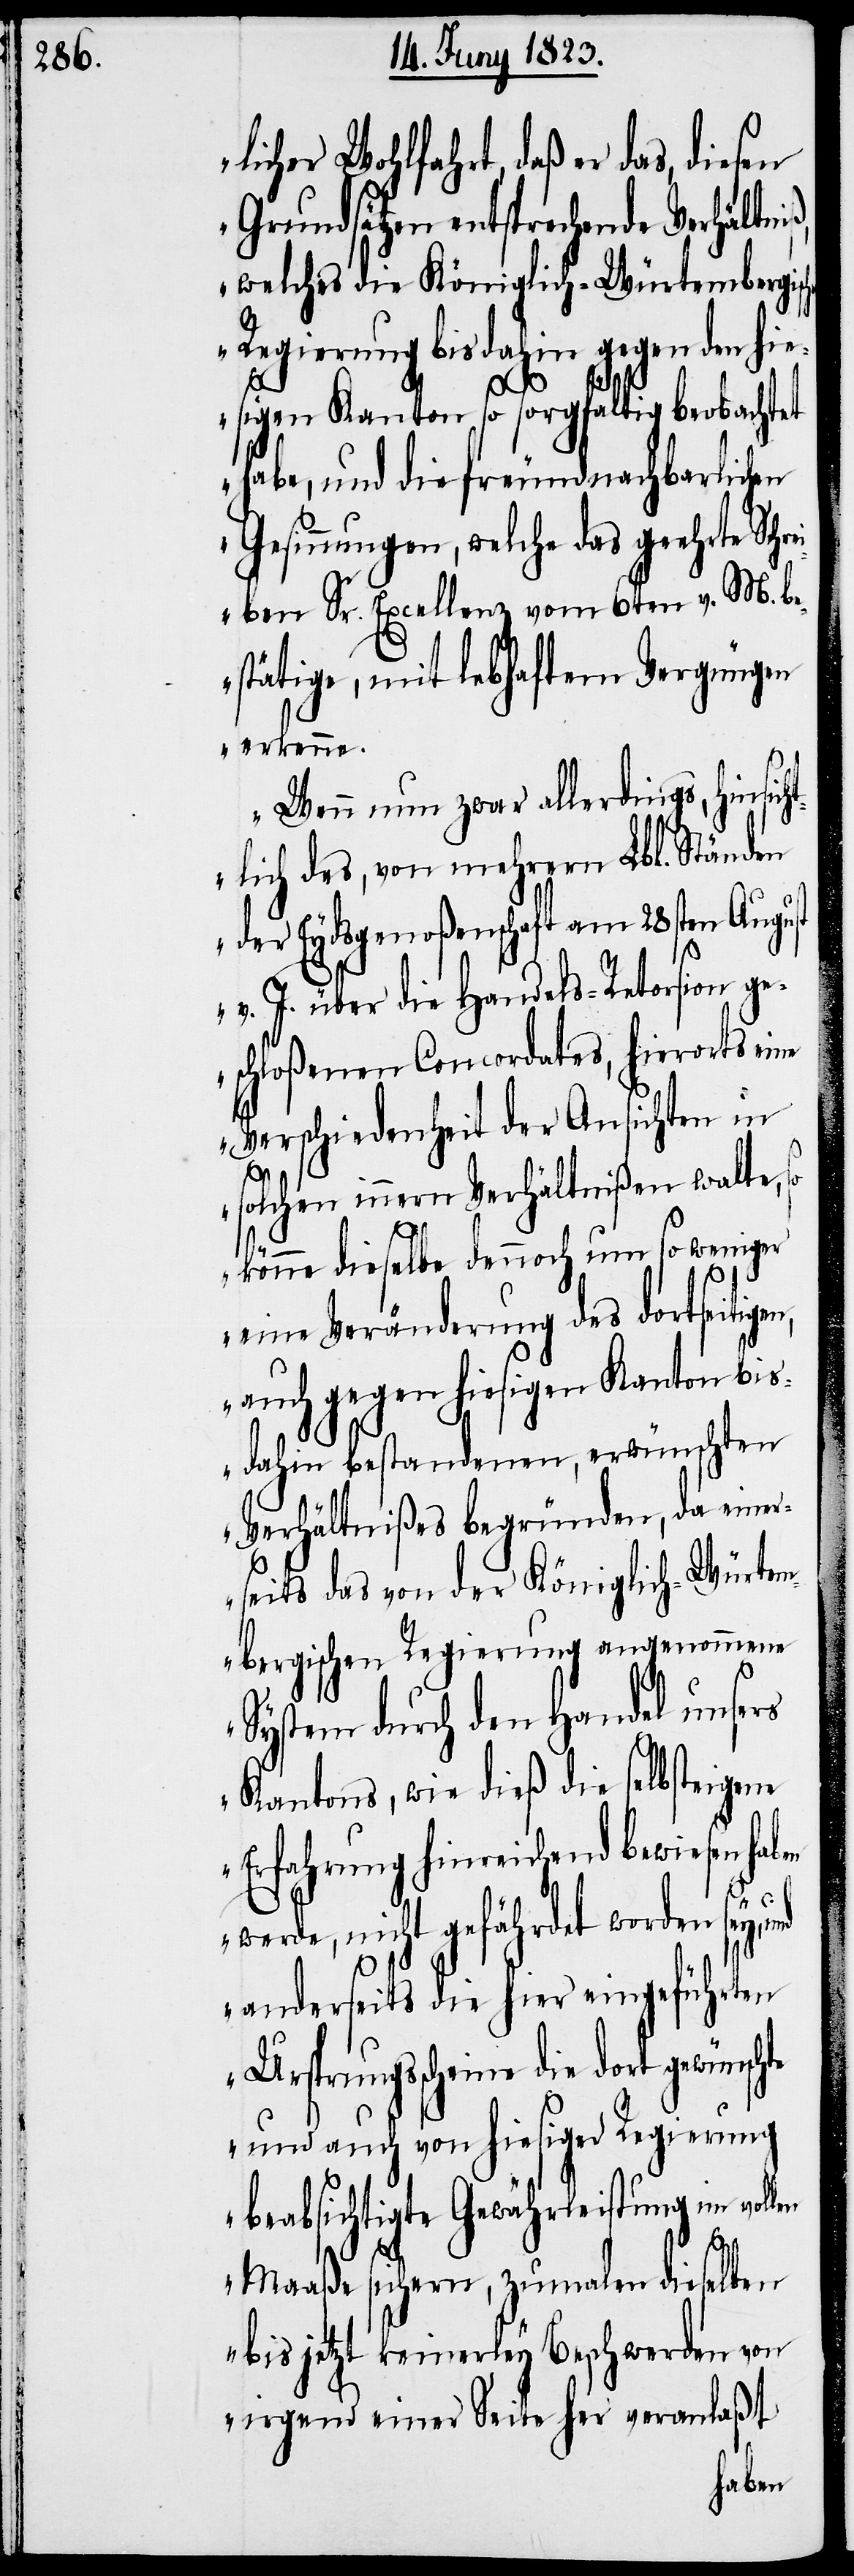
licher Wohlfahrt, daß er das, diesen
Grundsätzen entsprechende Verhältn¬
welches die Königlich-Würtembergisc¬
Regierung bisdahin gegen den hie¬
n,
sigen Kanton so sorgfältig beobachtet
habe, und die freundnachbarlichen
Gesinnungen, welche das geehrte Schr¬
eiben Sr. Excellenz vom 6ten v. M. be¬
stätige, mit lebhaftem Vergnügen
erkenne.
Wenn nun zwar allerdings, hinsich¬
tlich des, von mehrern Lbl. Ständen
der Eydsgenoßenschaft am 28sten August
v. J. über die Handels-Retorsion ge¬
schloßenen Concordates, hierorts eine
Verschiedenheit der Ansichten in
solchen innern Verhältnißen walte, so
könne dieselbe dennoch um so weniger
eine Veränderung des dortseitige¬
auch gegen hiesigen Kanton bis¬
dahin bestandenen, erwünschten
Verhältnißes begründen, da einer¬
seits das von der Königlich-Würtem¬
bergischen Regierung angenommene
System durch den Handel unsers
Kantons, wie dieß die selbsteigene
Erfahrung hinreichend bewiesen haben
werde, nicht gefährdet worden sey,
anderseits die hier eingeführten
Ursprungsscheine die dort
und auch von hiesiger Regierung
beabsichtigte Gewährleistung im voll¬
en
Maaße sichern, zumalen dieselben
bis jetzt keinerley Beschwerden von
irgend einer Seite her veranlaßt